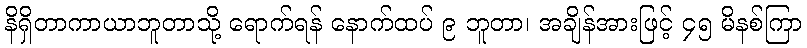
နိရှိတာကာယာဘူတာသို့ ရောက်ရန် နောက်ထပ် ၉ ဘူတာ၊ အချိန်အားဖြင့် ၄၅ မိနစ်ကြာ